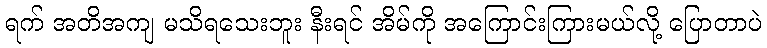
ရက် အတိအကျ မသိရသေးဘူး နီးရင် အိမ်ကို အကြောင်းကြားမယ်လို့ ပြောတာပဲ